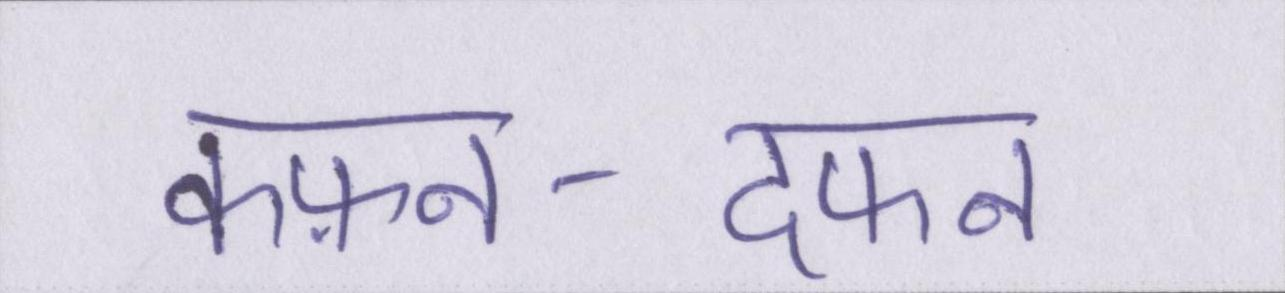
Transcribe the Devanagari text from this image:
कफ़न-दफन